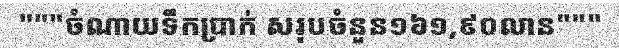
"""ចំណាយទឹកប្រាក់ សរុបចំនួន១៦១,៩០លាន"""